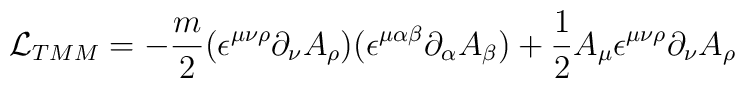
{\cal  L}_{TMM}=-{m \over 2}(\epsilon^{\mu \nu \rho}\partial_\nu A_\rho)(\epsilon^{\mu\alpha \beta}\partial_\alpha A_\beta) +  {1 \over 2}A_\mu\epsilon^{\mu \nu \rho}\partial_\nu A_\rho